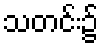
သတင်း၌